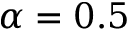
\alpha = 0 . 5